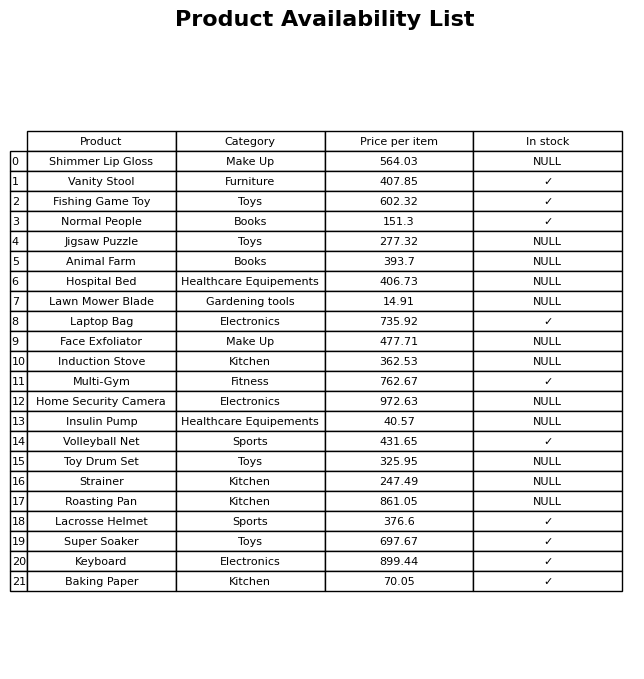
question: What is the price for Laptop Bag?
answer: The price of Laptop Bag is 735.92.